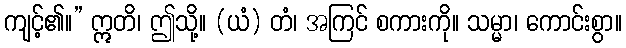
ကျင့်၏။” ဣတိ၊ ဤသို့။ (ယံ) တံ၊ အကြင် စကားကို။ သမ္မာ၊ ကောင်းစွာ။